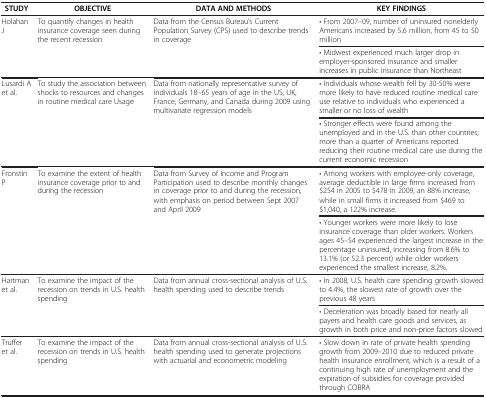
| STUDY | OBJECTIVE | DATA AND METHODS | KEY FINDINGS |
 | --- | --- | --- | --- |
 | <ROWSPAN=2> Holahan J | <ROWSPAN=2> To quantify changes in health insurance coverage seen during the recent recession | <ROWSPAN=2> Data from the Census Bureau’s Current Population Survey (CPS) used to describe trends in coverage | · From 2007–09, number of uninsured nonelderly Americans increased by 5.6 million, from 45 to 50 million |
 | · Midwest experienced much larger drop in employer-sponsored insurance and smaller increases in public insurance than Northeast |
 | <ROWSPAN=2> Lusardi A et al. | <ROWSPAN=2> To study the association between shocks to resources and changes in routine medical care Usage | <ROWSPAN=2> Data from nationally representative survey of individuals 18–65 years of age in the US, UK, France, Germany, and Canada during 2009 using multivariate regression models | · Individuals whose wealth fell by 30-50% were more likely to have reduced routine medical care use relative to individuals who experienced a smaller or no loss of wealth |
 | · Stronger effects were found among the unemployed and in the U.S. than other countries; more than a quarter of Americans reported reducing their routine medical care use during the current economic recession |
 | <ROWSPAN=2> Fronstin P | <ROWSPAN=2> To examine the extent of health insurance coverage prior to and during the recession | <ROWSPAN=2> Data from Survey of Income and Program Participation used to describe monthly changes in coverage prior to and during the recession, with emphasis on period between Sept 2007 and April 2009 | · Among workers with employee-only coverage, average deductible in large firms increased from $254 in 2005 to $478 in 2009, an 88% increase, while in small firms it increased from $469 to $1,040, a 122% increase. |
 | · Younger workers were more likely to lose insurance coverage than older workers. Workers ages 45–54 experienced the largest increase in the percentage uninsured, increasing from 8.6% to 13.1% (or 52.3 percent) while older workers experienced the smallest increase, 8.2%. |
 | <ROWSPAN=2> Hartman et al. | <ROWSPAN=2> To examine the impact of the recession on trends in U.S. health spending | <ROWSPAN=2> Data from annual cross-sectional analysis of U.S. health spending used to describe trends | · In 2008, U.S. health care spending growth slowed to 4.4%, the slowest rate of growth over the previous 48 years |
 | · Deceleration was broadly based for nearly all payers and health care goods and services, as growth in both price and non-price factors slowed |
 | Truffer et al. | To examine the impact of the recession on trends in U.S. health spending | Data from annual cross-sectional analysis of U.S. health spending used to generate projections with actuarial and econometric modeling | · Slow down in rate of private health spending growth from 2009–2010 due to reduced private health insurance enrollment, which is a result of a continuing high rate of unemployment and the expiration of subsidies for coverage provided through COBRA |